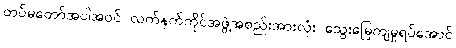
တပ်မတော်အပါအဝင် လက်နက်ကိုင်အဖွဲ့အစည်းအားလုံး သွေးမြေကျမှုရပ်အောင်